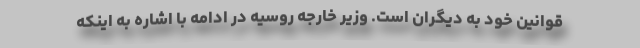
قوانین خود به دیگران است. وزیر خارجه روسیه در ادامه با اشاره به اینکه